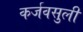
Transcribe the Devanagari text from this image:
कर्जवसुली